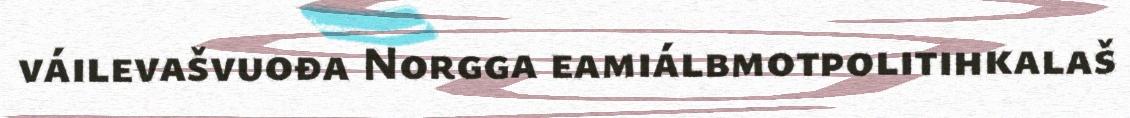
váilevašvuođa Norgga eamiálbmotpolitihkalaš